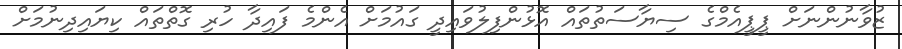
ޒުވާނުންނަށް ޕީޕީއެމްގެ ސިޔާސަތުތައް އޮޅުންފިލުވައިދީ ގައުމަށް އެންމެ ފައިދާ ހުރި ގޮތްތައް ކިޔައިދިނުމަށް